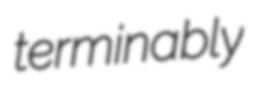
terminably